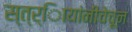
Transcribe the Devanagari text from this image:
स्त्र्िायांनीचेचून